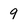
Character: 9